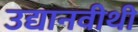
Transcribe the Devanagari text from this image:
उद्यानवीथी